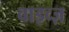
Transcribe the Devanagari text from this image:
वाइव्ज़